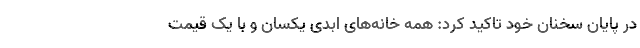
در پایان سخنان خود تاکید کرد: همه خانه‌های ابدی یکسان و با یک قیمت